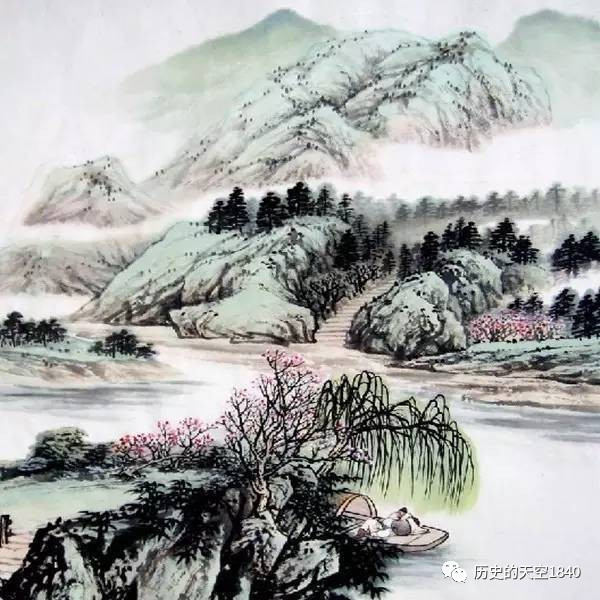
诚之者，择善而固执之者也。